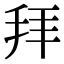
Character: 拜